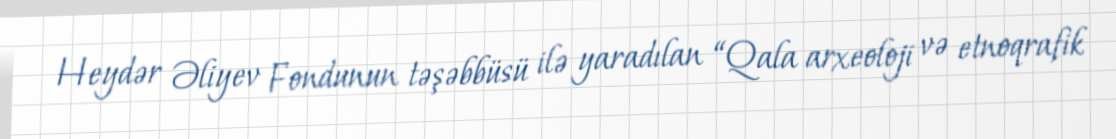
Heydər Əliyev Fondunun təşəbbüsü ilə yaradılan “Qala arxeoloji və etnoqrafik